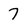
Character: 7